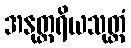
အနုတ္တရိယသုတ္တံ